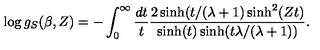
\log g _ { S } ( \beta , Z ) = - \int _ { 0 } ^ { \infty } \frac { d t } { t } \frac { 2 \sinh ( t / ( \lambda + 1 ) \sinh ^ { 2 } ( Z t ) } { \sinh ( t ) \sinh ( t \lambda / ( \lambda + 1 ) ) } .